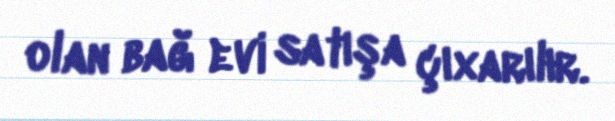
olan bağ evi satışa çıxarılır.